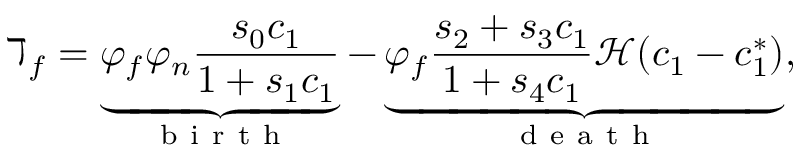
\daleth _ { f } = \underbrace { \varphi _ { f } \varphi _ { n } \frac { s _ { 0 } c _ { 1 } } { 1 + s _ { 1 } c _ { 1 } } } _ { \mathrm { ~ b ~ i ~ r ~ t ~ h ~ } } - \underbrace { \varphi _ { f } \frac { s _ { 2 } + s _ { 3 } c _ { 1 } } { 1 + s _ { 4 } c _ { 1 } } \mathcal { H } ( c _ { 1 } - c _ { 1 } ^ { * } ) } _ { \mathrm { ~ d ~ e ~ a ~ t ~ h ~ } } ,